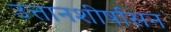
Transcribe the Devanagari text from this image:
उत्तानशीर्षासन